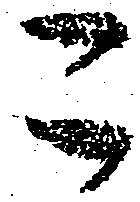
こ